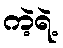
ကဲ့ရဲ့